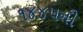
૧૪૪૫ની